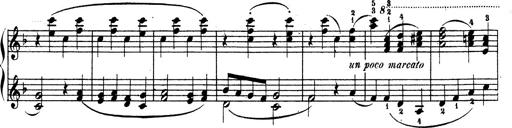
Title: Ave Maria d' Arcadelt
Composer: Franz Liszt